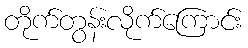
တိုက်တွန်းလိုက်ကြောင်း